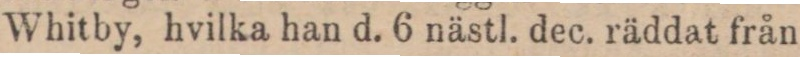
Whitby, hvilka han d. 6 nästl. dec. räddat från